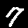
Label: 7